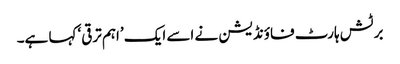
برٹش ہارٹ فاؤنڈیشن نے اسے ایک ’اہم ترقی‘ کہا ہے۔